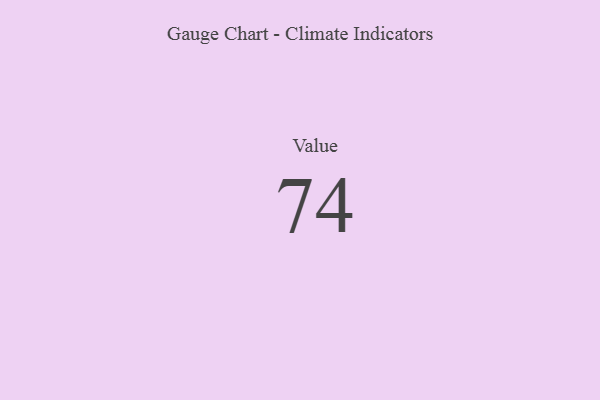
{"axis": {"x": "Metric", "y": "Value"}, "legend": [""], "data": [{"x": "Value", "y": 74, "type": ""}]}